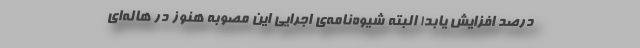
درصد افزایش یابد! البته شیوه‌نامه‌ی اجرایی این مصوبه هنوز در هاله‌ای